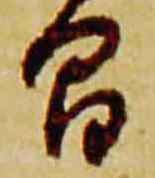
間